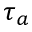
\tau _ { a }